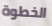
الخطوة